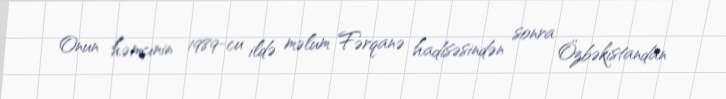
Onun həmçinin 1989-cu ildə məlum Fərqanə hadisəsindən sonra Özbəkistandan